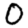
Digit: 0